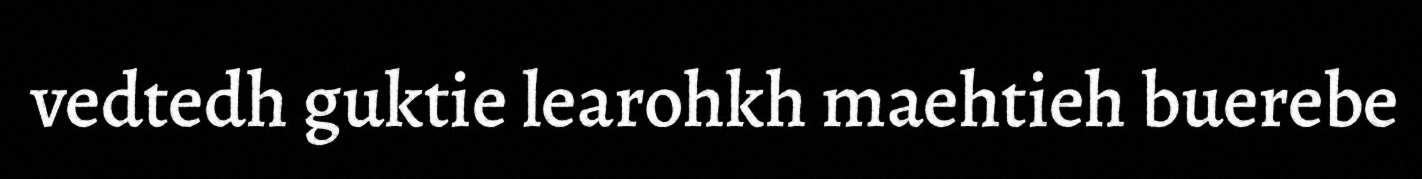
vedtedh guktie learohkh maehtieh buerebe